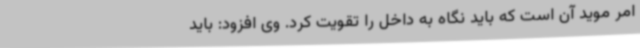
امر موید آن است که باید نگاه به داخل را تقویت کرد. وی افزود: باید